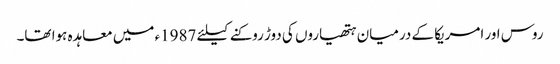
روس اور امریکا کے درمیان ہتھیاروں کی دوڑ روکنے کیلئے 1987ء میں معاہدہ ہوا تھا۔